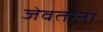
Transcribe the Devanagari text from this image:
जेवतांना